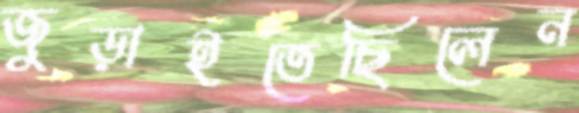
জুড়াইতেছিলেন